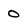
Character: 0